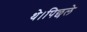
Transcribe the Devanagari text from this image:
थे।पिछले